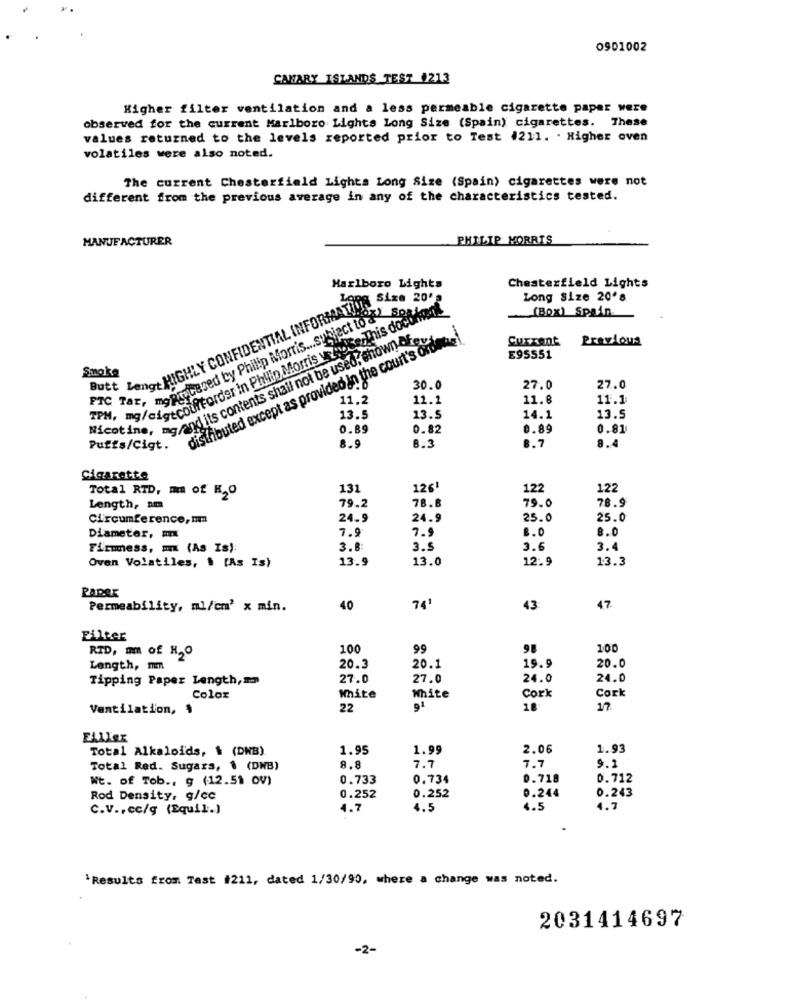
0901002
CANARY ISLANDS TEST 1213
Higher filter ventilation and a less permeable cigarette paper were
observed for the current Marlboro Lights Long Size (Spain) cigarettes. These
values returned to the levels reported prior to Test #211. . Higher oven
volatiles were also noted.
The current Chesterfield Lights Long Size (Spain) cigarettes were not
different from the previous average in any of the characteristics tested.
MANUFACTURER
PHILIP MORRIS
Chesterfield Lights
Marlboro Lights
Long Size 20's
Long Size 20's
Butt Zeno HIGHLY CONFIDENTIAL INFORMATION
AS Tar, meondeused by Philip Morris ... sysject to a Box 20
(Box) Spain.
w. mg/swiftorder in Philip Morris voice,This document
sucotine, no and its contents shall not be used, shown of
disifibuted except as provided in the court's ordene!
Current
Previous
E95551
Smoke
30.0
27.0
27.0
11.2
11.1
11.8
11.1
13.5
13.5
14.1
13.5
0.89
0.82
0.89
0.81
8.9
8.3
Puffs/Cigt.
8.7
8.4
Cigarette
131
126
122
122
Total RTD, mm of R2O
Length, am
79.2
78.8
79.0
78.9
Circumference, mm
24.9
24.9
25.0
25.0
7.9
7.9
8.0
Diameter, m
8.0
Firmmess, mx (As Is):
3.8:
3.5
3.6
3.4
Oven Volatiles, $ [As Is)
13.9
13.0
12.9
13.3
Paper
Permeability, ml/cm' x min.
40
74'
43
47.
Filter
100
99
100
RTD, mm of HO
Length, mm
20.3
20.1
19.9
20.0
Tipping Paper Length, mm
27.0
27.0
24.0
24.0
Cork
Color
White
White
Cork
Ventilation,
22
9ª
18
17.
ELller
Total Alkaloids, $ (DNB)
1.95
1.99
2.06
1.93
9.1
Total Red. Sugars, 1 (DWB)
8.8
7.7
7.7
Wt. of Tob ., g (12.51 OV)
0.733
0.734
0.718
0.712
Rod Density, g/cc
0.252
0.252
0.244
0.243
C.V ., cc/g (Equil.)
4.7
4.5
1.5
4.7
'Results from Test #211, dated 1/30/90, where a change was noted.
2031414697
-2-